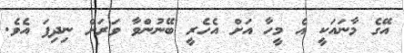
އޭގެ މާނައަކީ އެ މީހާ އަށް އެހެރީ ބޭނުންވާ ވަރަށް ނިދިފަ އެވެ.